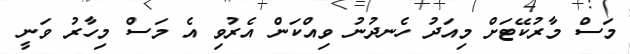
މަސް މާރުކޭޓަށް މިއަދު ހެނދުނު ވިއްކަން އެރުވި އެ މަސް މިހާރު ވަނީ